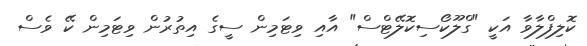
ކޮލިފްލާވާ އަކީ "ގްލޫކޯސިކޮލޭޓްސް" އާއި ވިޓަމިން ސީގެ އިތުރުން ވިޓަމިން ކޭ ވެސް